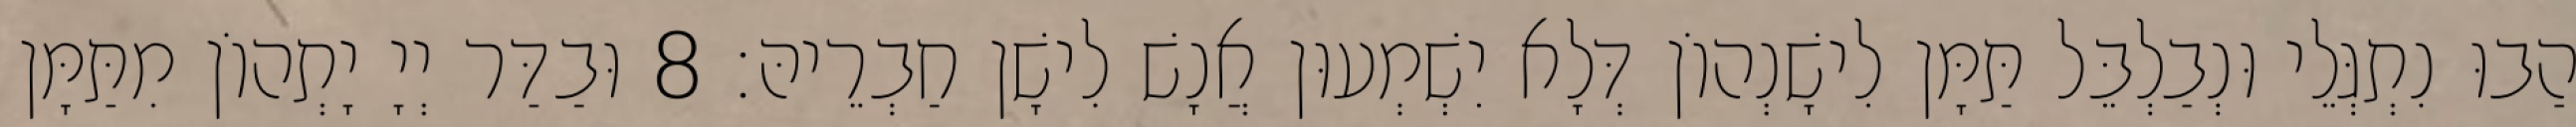
הַבוּ נִתְגְּלֵי וּנְבַלְבֵּל תַּמָּן לִישָׁנְהוֹן דְּלָא יִשְׁמְעוּן אֲנָשׁ לִישָׁן חַבְרֵיהּ׃ 8 וּבַדַּר יְיָ יָתְהוֹן מִתַּמָּן